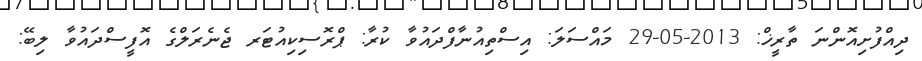
ދިއްފުށިއޮންނަ ތާރީޚް: 2013-05-29 މައްސަލަ: އިސްތިއުނާފްދައުވާ ކުރާ: ޕްރޮސިކިއުޓަރ ޖެނެރަލްގެ އޮފީސްދައުވާ ލިބޭ: